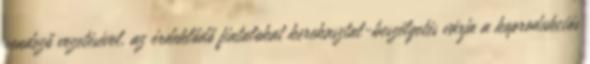
rendező vezetésével, az érdeklődő fiatalokat kerekasztal-beszélgetés várja a koprodukciós